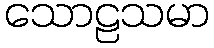
သောဠသမာ